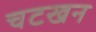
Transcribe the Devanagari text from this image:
चटखन